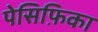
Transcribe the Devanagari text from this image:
पेसिफ़िका